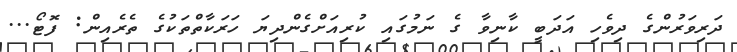
ދަރިވަރުންގެ ދިވެހި އަދަބީ ކާނިވާ ގެ ނަމުގައި ކުރިއަށްގެންދިޔަ ހަރަކާތްތަކުގެ ތެރެއިން: ފޮޓޯ...